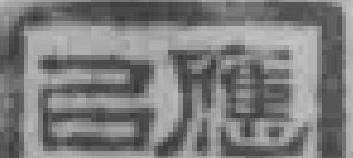
已應